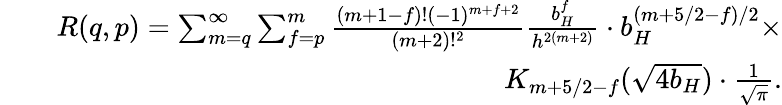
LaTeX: \begin{array}{rlr}&{}&{R(q,p)=\sum_{m=q}^{\infty}\sum_{f=p}^{m}{\frac{(m+1-f)!(-1)^{m+f+2}}{(m+2)!^{2}}}{\frac{b_{H}^{f}}{h^{2(m+2)}}}\cdot b_{H}^{(m+5/2-f)/2}\times}\\ &{}&{K_{m+5/2-f}(\sqrt{4b_{H}})\cdot{\frac{1}{\sqrt{\pi}}}.}\end{array}